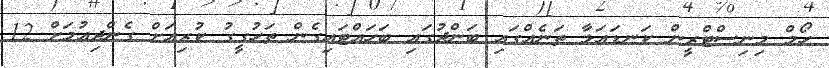
ހޯމް މިނިސްޓްރީން ކަނޑައަޅާ ތަނެއްގައި ބަންދުގައި ބަހައްޓައިގެން ތަހުގީގު ކުރިއަށް ގެންދިއުމަށް 12